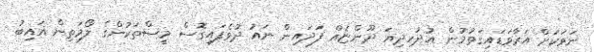
ނަވަކަށް އަރާވަޑައިގަތުމުން އުދުހިދިޔަ ދޫންޏެއް ފަދައިން ނައު ދުވެފައިގޮސް މީސްތަކުންގެ ލޯމަތިން ޣައިބު